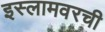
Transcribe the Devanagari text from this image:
इस्लामवरची